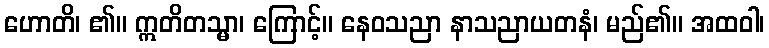
ဟောတိ၊ ၏။ ဣတိတသ္မာ၊ ကြောင့်။ နေဝသညာ နာသညာယတနံ၊ မည်၏။ အထဝါ၊